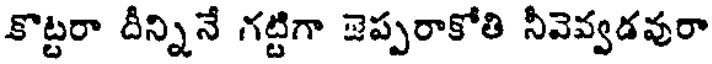
కొట్టరా దీన్నినే గట్టిగా జెప్పరాకోతి నీవెవ్వడవురా